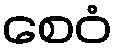
စေဝံ